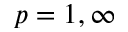
p = 1 , \infty